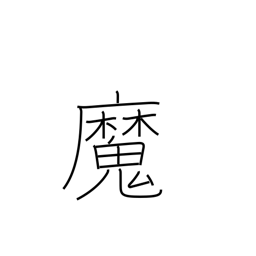
Meaning: witch